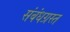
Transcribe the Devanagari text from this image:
संबंधग्रस्त